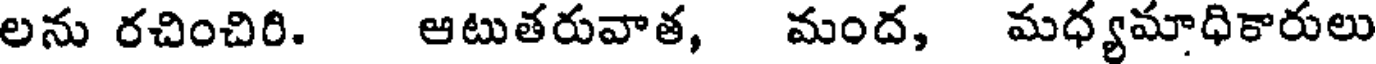
లను రచించిరి. ఆటుతరువాత, మంద, మధ్యమాధికారులు